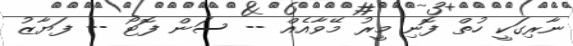
ނާރިގަކީ ހުތް ފޮނި މީރު މޭވާއެއް -- ސަން ފޮޓޯ -- ފަޔާޒު